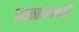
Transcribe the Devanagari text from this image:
मठामध्ये